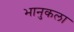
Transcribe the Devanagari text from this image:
भानुकला